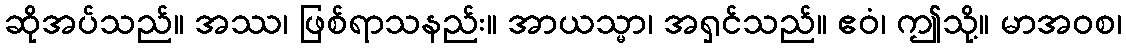
ဆိုအပ်သည်။ အဿ၊ ဖြစ်ရာသနည်း။ အာယသ္မာ၊ အရှင်သည်။ ဧဝံ၊ ဤသို့။ မာအဝစ၊